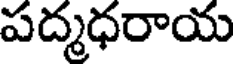
పద్మధరాయ